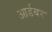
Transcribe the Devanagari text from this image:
आर्डबर